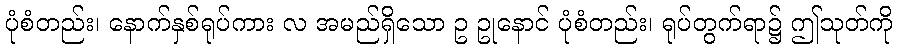
ပုံစံတည်း၊ နောက်နှစ်ရုပ်ကား လ အမည်ရှိသော ဥ ဥုနောင် ပုံစံတည်း၊ ရုပ်တွက်ရာ၌ ဤသုတ်ကို